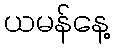
ယမန်နေ့